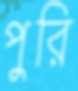
পুরি